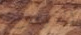
المؤسف